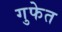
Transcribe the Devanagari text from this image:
गुफेत